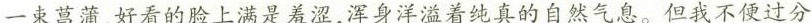
一束菖蒲，好看的脸上满是羞涩，浑身洋溢着纯真的自然气息。但我不便过分